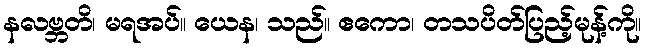
နလဗ္ဘတိ၊ မရအပ်။ ယေန၊ သည်။ ဧကော၊ တသပိတ်ပြည့်မုန့်ကို။